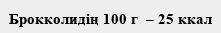
Брокколидің 100 г  – 25 ккал